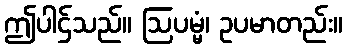
ဤပါဌ်သည်။ ဩပမ္မံ၊ ဥပမာတည်း။